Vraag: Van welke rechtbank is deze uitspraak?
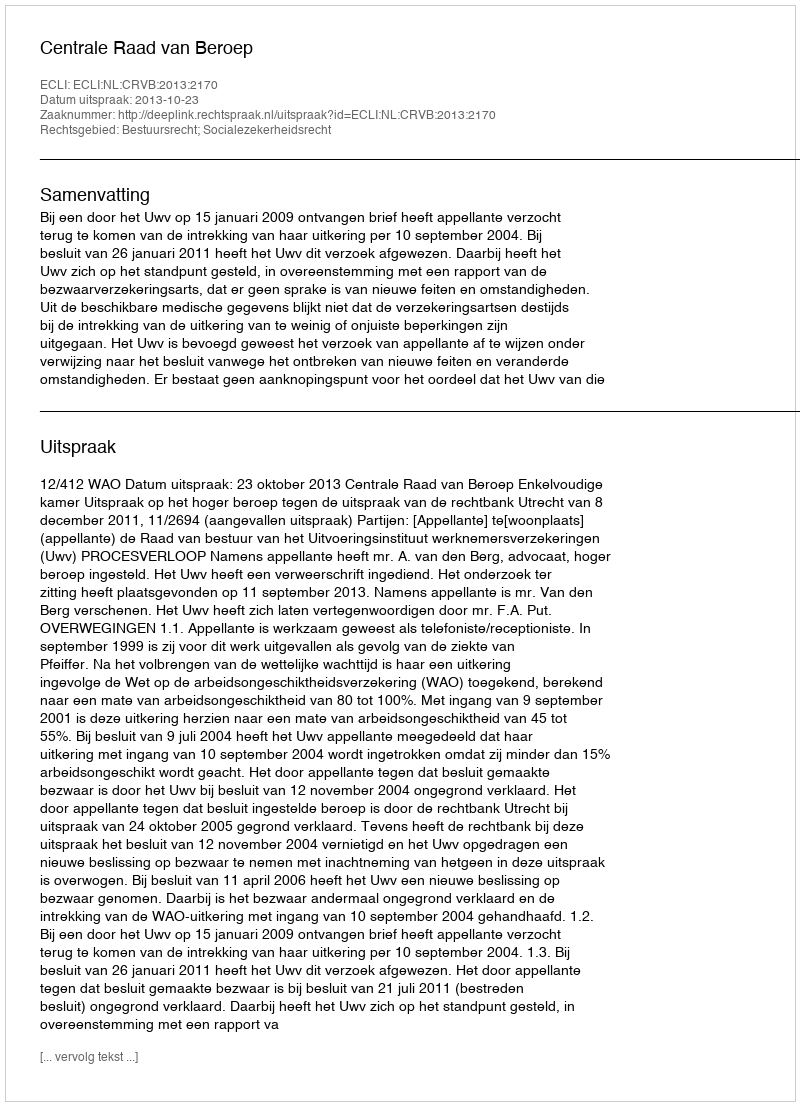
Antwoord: Centrale Raad van Beroep